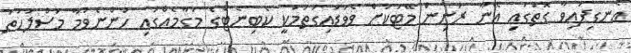
އެނގިފައިވާ ގޮތުގައި އޭނާ ރަނިން މޭޓަކަށް ވެވަޑައިގަތުމަކީ ކެބިނެޓްގެ މަގާމެއްގައި ހުންނެވުމާ މަސްލަހަތު